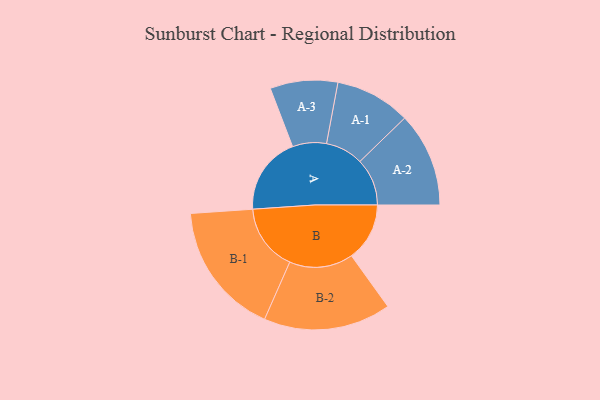
{"axis": {"x": "Segment", "y": "Value"}, "legend": ["", "A", "B"], "data": [{"x": "A", "y": 337, "type": ""}, {"x": "B", "y": 251, "type": ""}, {"x": "A-1", "y": 163, "type": "A"}, {"x": "A-2", "y": 204, "type": "A"}, {"x": "A-3", "y": 146, "type": "A"}, {"x": "B-1", "y": 288, "type": "B"}, {"x": "B-2", "y": 275, "type": "B"}]}